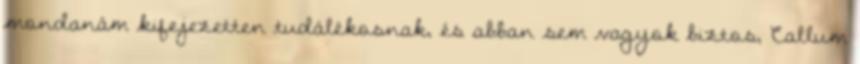
mondanám kifejezetten tudálékosnak, és abban sem vagyok biztos, Callum